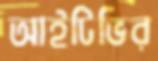
আইটিভির